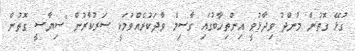
ގުޅޭ ގޮތުން މުންދު ވިދާޅުވީ އިންތިހާބުގައި ގާސިމް ވާދަކުރެއްވުމަކީ ސަރުކާރުން "ސިޔާސީ ގޮތުން